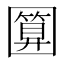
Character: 𭍵